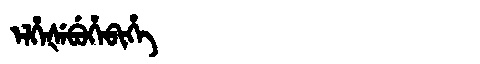
Manchu: ᡝᠯᡥᡝᡧᡝᠪᡠᡥᡝᠪᡳᡥᡝ
Romanization: ELHEŠEBUHEBIHE